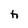
Character: h